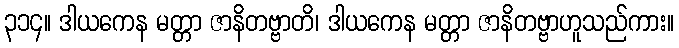
၃၁၄။ ဒါယကေန မတ္တာ ဇာနိတဗ္ဗာတိ၊ ဒါယကေန မတ္တာ ဇာနိတဗ္ဗာဟူသည်ကား။